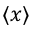
\langle x \rangle